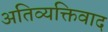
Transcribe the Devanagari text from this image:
अतिव्यक्तिवाद